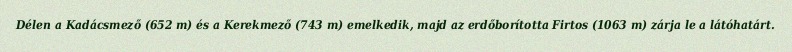
Délen a Kadácsmező (652 m) és a Kerekmező (743 m) emelkedik, majd az erdőborította Firtos (1063 m) zárja le a látóhatárt.